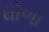
ઘોળા